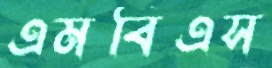
এমবিএস